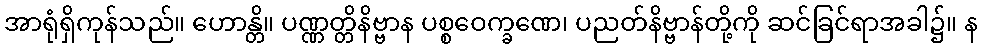
အာရုံရှိကုန်သည်။ ဟောန္တိ။ ပဏ္ဏတ္တိနိဗ္ဗာန ပစ္စဝေက္ခဏေ၊ ပညတ်နိဗ္ဗာန်တို့ကို ဆင်ခြင်ရာအခါ၌။ န